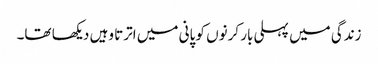
زندگی میں پہلی بار کرنوں کو پانی میں اترتا وہیں دیکھا تھا۔